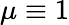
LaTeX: \mu\equiv 1